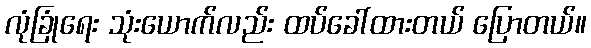
လုံခြုံရေး သုံးယောက်လည်း ထပ်ခေါ်ထားတယ် ပြောတယ်။